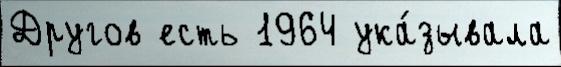
Другов есть 1964 ука́зывала